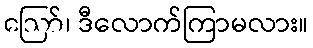
ဪ၊ ဒီလောက်ကြာမလား။